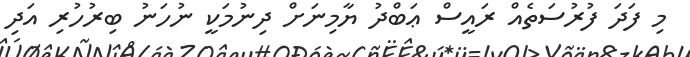
މި ފަދަ ފުރުސަތެއް ރައީސް ޢަބްދު ޔާމިނަށް ދިނުމަކީ ނުހަނު ބިރުހުރި އަދި